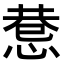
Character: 𢛖